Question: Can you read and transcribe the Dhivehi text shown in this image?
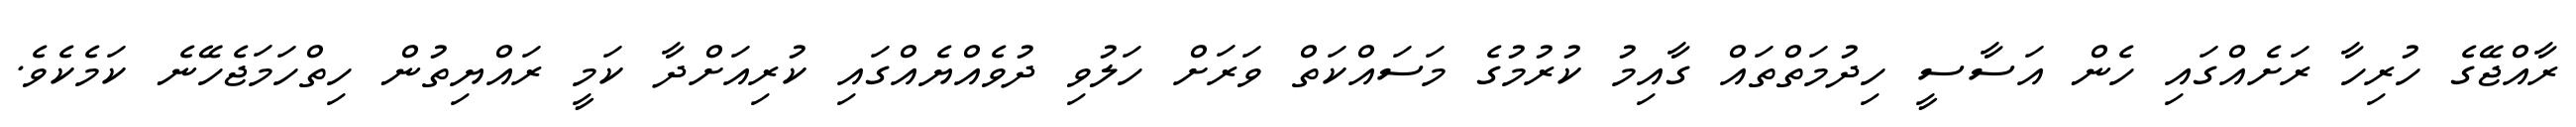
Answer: ރާއްޖޭގެ ހުރިހާ ރަށެއްގައި ހެން އަސާސީ ހިދުމަތްތައް ގާއިމު ކުރުމުގެ މަސައްކަތް ވަރަށް ހަލުވި ދުވެއްޔެއްގައި ކުރިއަށްދާ ކަމީ ރައްޔިތުން ހިތްހަމަޖެހޭނެ ކަމެކެވެ.